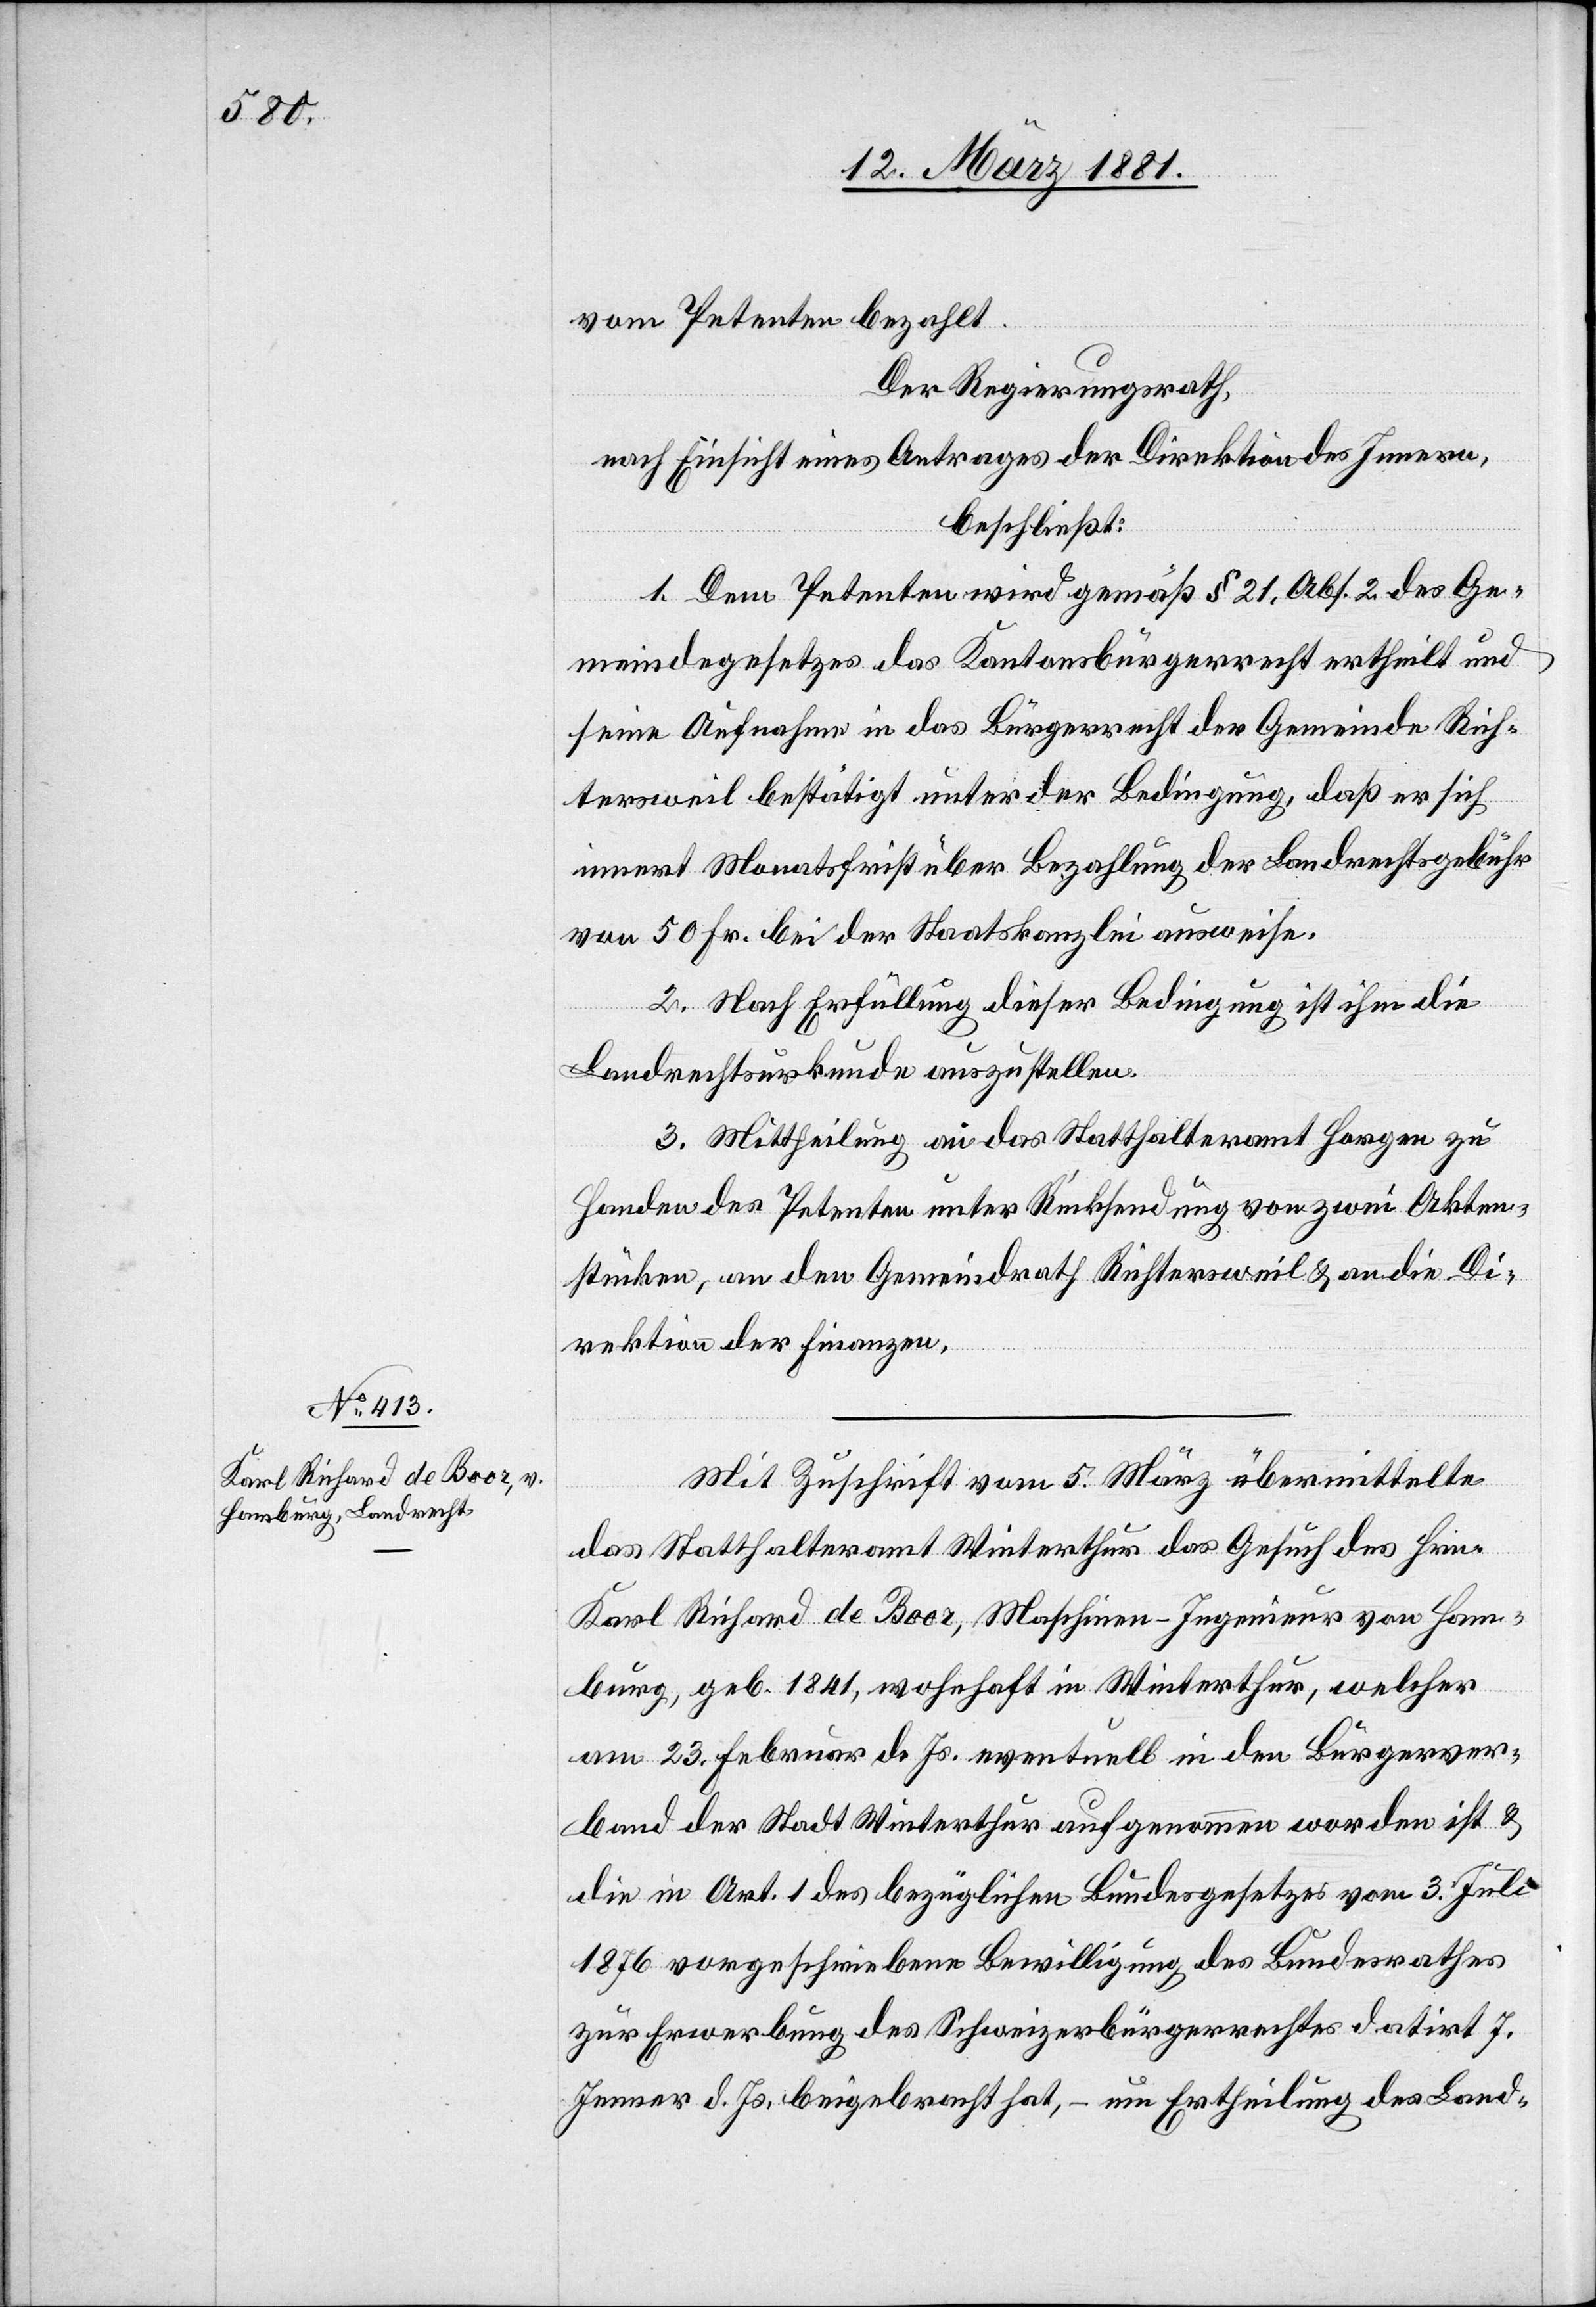
vom Petenten bezahlt.
Der Regierungsrath,
nach Einsicht eines Antrages der Direktion des Innern,
beschließt:
1. Dem Petenten wird gemäß § 21, Abs. 2 des Ge¬
meindegesetzes das Kantonsbürgerrecht ertheilt und
seine Aufnahme in das Bürgerrecht der Gemeinde Rich¬
tersweil bestätigt unter der Bedingung, daß er sich
innert Monatsfrist über Bezahlung der Landrechtsgebühr
von 50 Fr. bei der Staatskanzlei ausweise.
2. Nach Erfüllung dieser Bedingung ist ihm die
Landrechtsurkunde auszustellen.
3. Mittheilung an das Statthalteramt Horgen zu
Handen des Petenten unter Rücksendung von zwei Akten¬
stücken, an den Gemeindrath Richtersweil & an die Di¬
rektion der Finanzen.
Mit Zuschrift vom 5. März übermittelte
das Statthalteramt Winterthur das Gesuch des Hrn.
Karl Richard de Boor, Maschinen-Ingenieur von Ham¬
burg, geb. 1841, wohnhaft in Winterthur, welcher
am 23.Februar d. Js. eventuell in den Bürgerver¬
band der Stadt Winterthur aufgenommen worden ist &
die in Art. 1 des bezüglichen Bundesgesetzes vom 3. Juli
1876 vorgeschriebene Bewilligung des Bundesrathes
zur Erwerbung des Schweizerbürgerrechtes datirt 7.
Jenner d. Js. beigebracht hat, – um Ertheilung des Land-